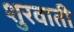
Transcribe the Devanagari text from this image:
शुरवाती